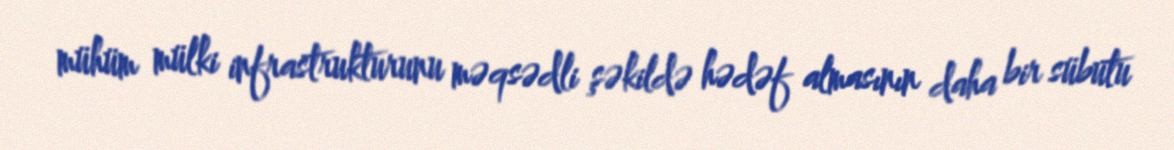
mühüm mülki infrastrukturunu məqsədli şəkildə hədəf almasının daha bir sübutu